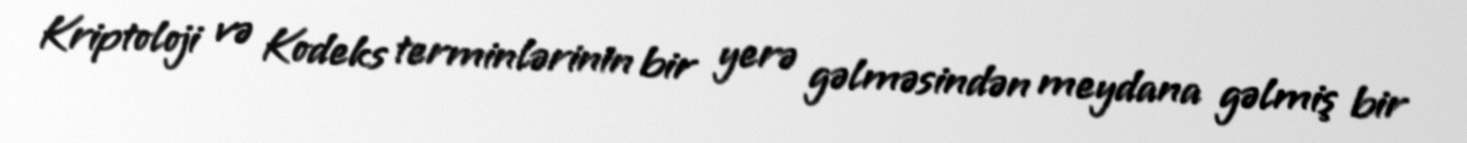
Kriptoloji və Kodeks terminlərinin bir yerə gəlməsindən meydana gəlmiş bir